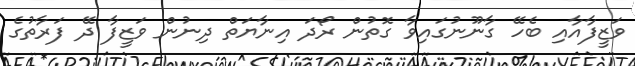
ވަޒީފާއާއި ބެހޭ ގާނޫނުގައިވާ ގޮތުން ރޯދަ އިނާޔަތް ދިނުން ވަޒީފާ ދޭ ފަރާތުގެ